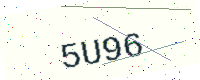
Text: 5U96